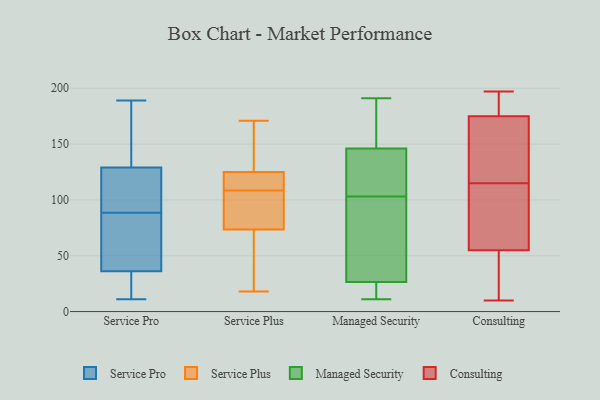
{"axis": {"x": "Energy Usage (MWh)", "y": "Value"}, "legend": ["Consulting", "Managed Security", "Service Plus", "Service Pro"], "data": [{"x": "", "y": 41, "type": "Service Pro"}, {"x": "", "y": 36, "type": "Service Pro"}, {"x": "", "y": 165, "type": "Service Pro"}, {"x": "", "y": 121, "type": "Service Pro"}, {"x": "", "y": 189, "type": "Service Pro"}, {"x": "", "y": 11, "type": "Service Pro"}, {"x": "", "y": 147, "type": "Service Pro"}, {"x": "", "y": 129, "type": "Service Pro"}, {"x": "", "y": 97, "type": "Service Pro"}, {"x": "", "y": 107, "type": "Service Pro"}, {"x": "", "y": 42, "type": "Service Pro"}, {"x": "", "y": 14, "type": "Service Pro"}, {"x": "", "y": 31, "type": "Service Pro"}, {"x": "", "y": 80, "type": "Service Pro"}, {"x": "", "y": 171, "type": "Service Plus"}, {"x": "", "y": 26, "type": "Service Plus"}, {"x": "", "y": 117, "type": "Service Plus"}, {"x": "", "y": 18, "type": "Service Plus"}, {"x": "", "y": 121, "type": "Service Plus"}, {"x": "", "y": 124, "type": "Service Plus"}, {"x": "", "y": 49, "type": "Service Plus"}, {"x": "", "y": 100, "type": "Service Plus"}, {"x": "", "y": 166, "type": "Service Plus"}, {"x": "", "y": 99, "type": "Service Plus"}, {"x": "", "y": 126, "type": "Service Plus"}, {"x": "", "y": 98, "type": "Service Plus"}, {"x": "", "y": 170, "type": "Managed Security"}, {"x": "", "y": 45, "type": "Managed Security"}, {"x": "", "y": 14, "type": "Managed Security"}, {"x": "", "y": 185, "type": "Managed Security"}, {"x": "", "y": 191, "type": "Managed Security"}, {"x": "", "y": 11, "type": "Managed Security"}, {"x": "", "y": 20, "type": "Managed Security"}, {"x": "", "y": 103, "type": "Managed Security"}, {"x": "", "y": 25, "type": "Managed Security"}, {"x": "", "y": 46, "type": "Managed Security"}, {"x": "", "y": 142, "type": "Managed Security"}, {"x": "", "y": 59, "type": "Managed Security"}, {"x": "", "y": 150, "type": "Managed Security"}, {"x": "", "y": 126, "type": "Managed Security"}, {"x": "", "y": 28, "type": "Managed Security"}, {"x": "", "y": 166, "type": "Managed Security"}, {"x": "", "y": 24, "type": "Managed Security"}, {"x": "", "y": 103, "type": "Managed Security"}, {"x": "", "y": 126, "type": "Managed Security"}, {"x": "", "y": 119, "type": "Managed Security"}, {"x": "", "y": 61, "type": "Consulting"}, {"x": "", "y": 10, "type": "Consulting"}, {"x": "", "y": 173, "type": "Consulting"}, {"x": "", "y": 192, "type": "Consulting"}, {"x": "", "y": 59, "type": "Consulting"}, {"x": "", "y": 173, "type": "Consulting"}, {"x": "", "y": 177, "type": "Consulting"}, {"x": "", "y": 39, "type": "Consulting"}, {"x": "", "y": 175, "type": "Consulting"}, {"x": "", "y": 93, "type": "Consulting"}, {"x": "", "y": 112, "type": "Consulting"}, {"x": "", "y": 118, "type": "Consulting"}, {"x": "", "y": 197, "type": "Consulting"}, {"x": "", "y": 25, "type": "Consulting"}, {"x": "", "y": 142, "type": "Consulting"}, {"x": "", "y": 55, "type": "Consulting"}, {"x": "", "y": 192, "type": "Consulting"}, {"x": "", "y": 14, "type": "Consulting"}]}